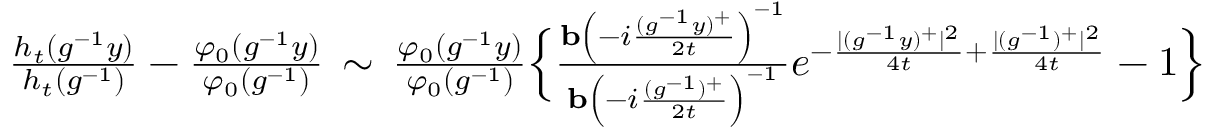
\begin{array} { r } { \frac { h _ { t } ( g ^ { - 1 } y ) } { h _ { t } ( g ^ { - 1 } ) } - \frac { \varphi _ { 0 } ( g ^ { - 1 } y ) } { \varphi _ { 0 } ( g ^ { - 1 } ) } \, \sim \, \frac { \varphi _ { 0 } ( g ^ { - 1 } y ) } { \varphi _ { 0 } ( g ^ { - 1 } ) } \Big \lbrace { \frac { \mathbf { b } \left( - i \frac { ( g ^ { - 1 } y ) ^ { + } } { 2 t } \right) ^ { - 1 } } { \mathbf { b } \left( - i \frac { ( g ^ { - 1 } ) ^ { + } } { 2 t } \right) ^ { - 1 } } e ^ { - \frac { | ( g ^ { - 1 } y ) ^ { + } | ^ { 2 } } { 4 t } + \frac { | ( g ^ { - 1 } ) ^ { + } | ^ { 2 } } { 4 t } } - 1 } \Big \rbrace } \end{array}